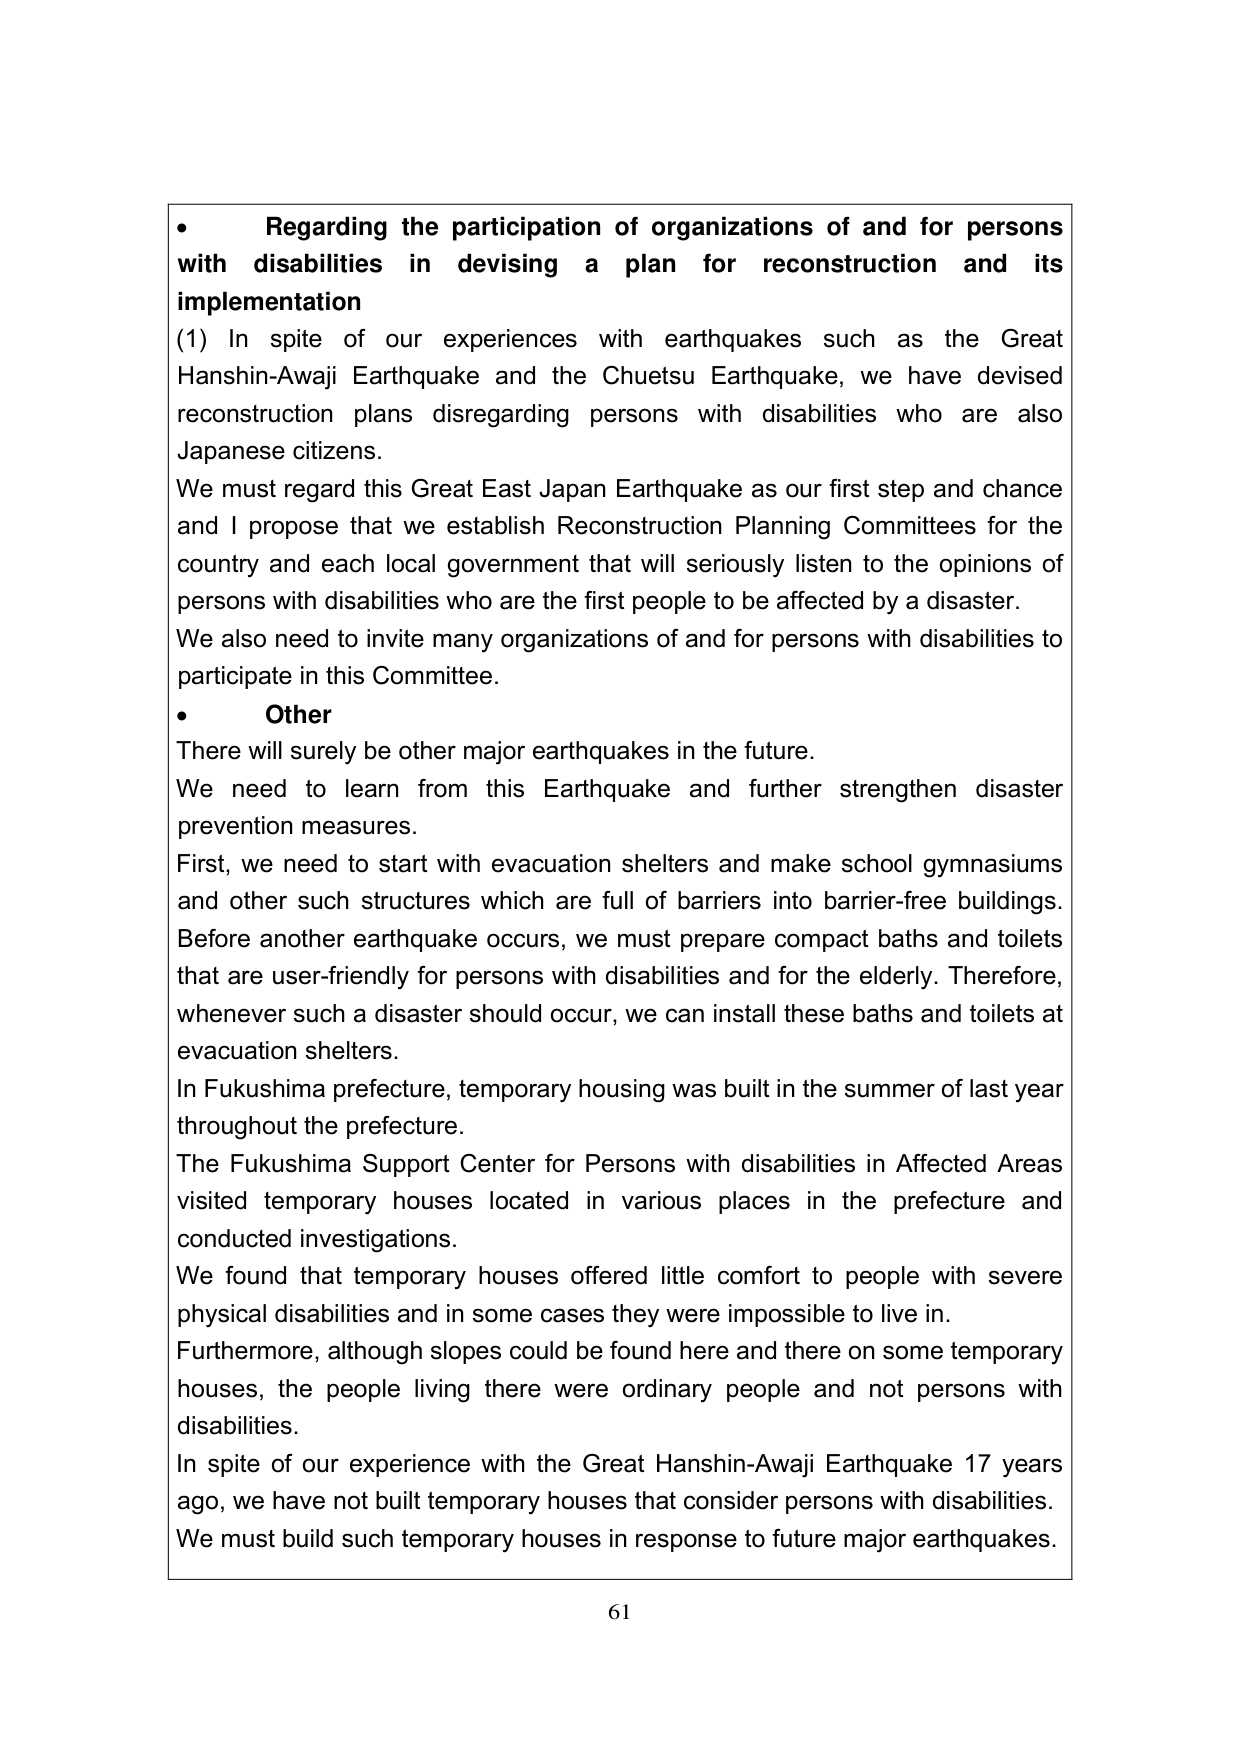
• Regarding the participation of organizations of and for persons with disabilities in devising a plan for reconstruction and its implementation

(1) In spite of our experiences with earthquakes such as the Great Hanshin-Awaji Earthquake and the Chuetsu Earthquake, we have devised reconstruction plans disregarding persons with disabilities who are also Japanese citizens.

We must regard this Great East Japan Earthquake as our first step and chance and I propose that we establish Reconstruction Planning Committees for the country and each local government that will seriously listen to the opinions of persons with disabilities who are the first people to be affected by a disaster.

We also need to invite many organizations of and for persons with disabilities to participate in this Committee.

• Other

There will surely be other major earthquakes in the future.

We need to learn from this Earthquake and further strengthen disaster prevention measures.

First, we need to start with evacuation shelters and make school gymnasiums and other such structures which are full of barriers into barrier-free buildings.

Before another earthquake occurs, we must prepare compact baths and toilets that are user-friendly for persons with disabilities and for the elderly. Therefore, whenever such a disaster should occur, we can install these baths and toilets at evacuation shelters.

In Fukushima prefecture, temporary housing was built in the summer of last year throughout the prefecture.

The Fukushima Support Center for Persons with disabilities in Affected Areas visited temporary houses located in various places in the prefecture and conducted investigations.

We found that temporary houses offered little comfort to people with severe physical disabilities and in some cases they were impossible to live in.

Furthermore, although slopes could be found here and there on some temporary houses, the people living there were ordinary people and not persons with disabilities.

In spite of our experience with the Great Hanshin-Awaji Earthquake 17 years ago, we have not built temporary houses that consider persons with disabilities.

We must build such temporary houses in response to future major earthquakes.

61